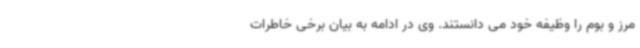
مرز و بوم را وظیفه خود می دانستند. وی در ادامه به بیان برخی خاطرات